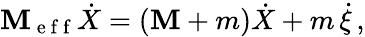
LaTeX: \mathbf{M}_{\mathrm{{~e~f~f~}}}\dot{{X}}=(\mathbf{M}+m)\dot{{X}}+m\, \dot{{\xi}}\, ,